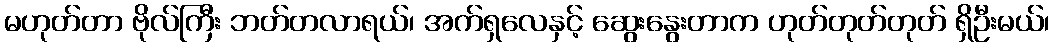
မဟုတ်တာ ဗိုလ်ကြီး ဘတ်တလာရယ်၊ အက်ရှလေနှင့် ဆွေးနွေးတာက ဟုတ်တုတ်တုတ် ရှိဦးမယ်၊